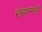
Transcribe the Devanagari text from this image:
संपन्ना